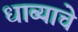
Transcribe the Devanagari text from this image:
धाब्याचे